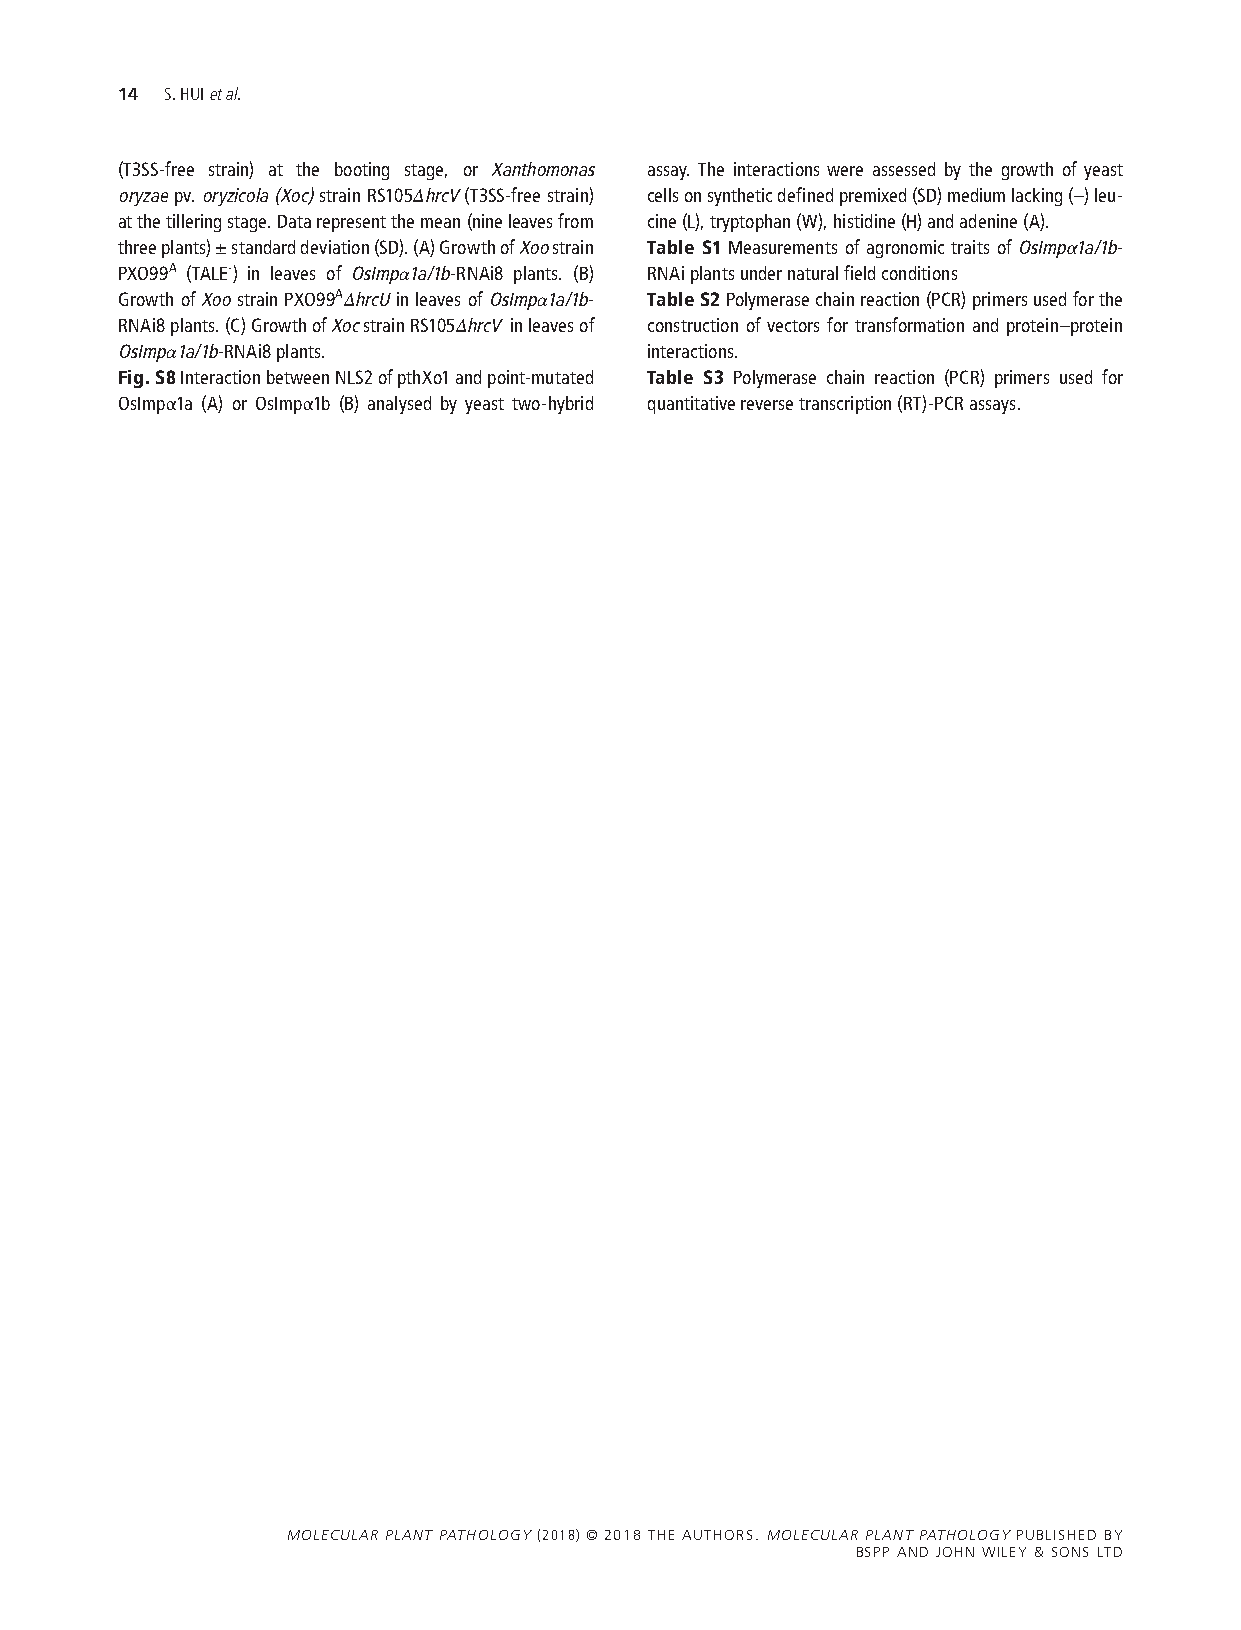
14 S. HUI et al.
 (T3SS-free strain) at the booting stage, or Xanthomonas assay. The interactions were assessed by the growth of yeast
 oryzae pv. oryzicola (Xoc) strain RS105ΔhrcV (T3SS-free strain) cells on synthetic defined premixed (SD) medium lacking (–) leu-
 at the tillering stage. Data represent the mean (nine leaves from cine (L), tryptophan (W), histidine (H) and adenine (A).
 three plants) ± standard deviation (SD). (A) Growth of Xoo strain Table S1 Measurements of agronomic traits of OsImpα1a/1b-
 PXO99A (TALE-) in leaves of OsImpα1a/1b-RNAi8 plants. (B) RNAi plants under natural field conditions
 Growth of Xoo strain PXO99AΔhrcU in leaves of OsImpα1a/1b- Table S2 Polymerase chain reaction (PCR) primers used for the
 RNAi8 plants. (C) Growth of Xoc strain RS105ΔhrcV in leaves of construction of vectors for transformation and protein–protein
 OsImpα1a/1b-RNAi8 plants.          interactions.
 Fig. S8 Interaction between NLS2 of pthXo1 and point-mutated Table S3 Polymerase chain reaction (PCR) primers used for
 OsImpα1a (A) or OsImpα1b (B) analysed by yeast two-hybrid quantitative reverse transcription (RT)-PCR assays.
 Molecular Plant Pathology (2018) © 2018 THE AUTHORS. Molecular Plant P athology PUBLISHED BY
 BSPP AND JOHN WILEY & SONS LTD